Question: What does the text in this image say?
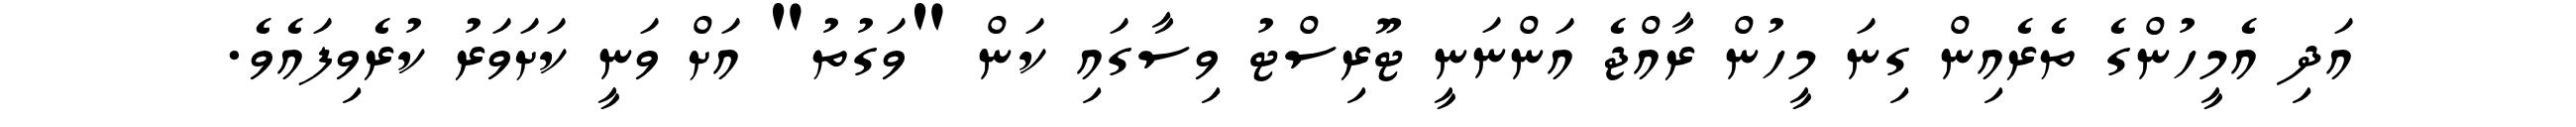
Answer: އަދި އެމީހުންގެ ތެރެއިން ގިނަ މީހުން ރާއްޖެ އަންނަނީ ޓޫރިސްޓު ވިސާގައި ކަން "ވަގުތު" އަށް ވަނީ ކަށަވަރު ކުރެވިފައެވެ.